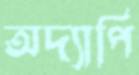
অদ্যাপি